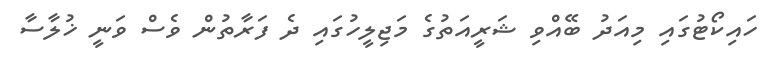
ހައިކޯޓުގައި މިއަދު ބޭއްވި ޝަރީއަތުގެ މަޖިލީހުގައި ދެ ފަރާތުން ވެސް ވަނީ ޚުލާސާ